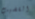
القضيب